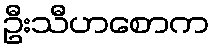
ဦးသီဟစောက